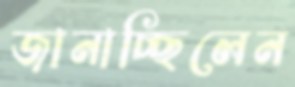
জানাচ্ছিলেন